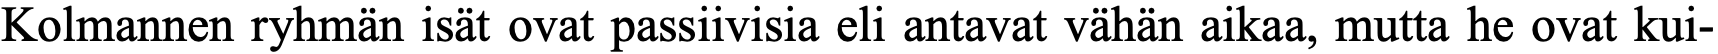
Kolmannen ryhmän isät ovat passiivisia eli antavat vähän aikaa, mutta he ovat kui-